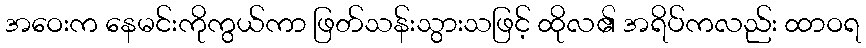
အဝေးက နေမင်းကိုကွယ်ကာ ဖြတ်သန်းသွားသဖြင့် ထိုလ၏ အရိပ်ကလည်း ထာဝရ